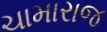
ચામારાજ